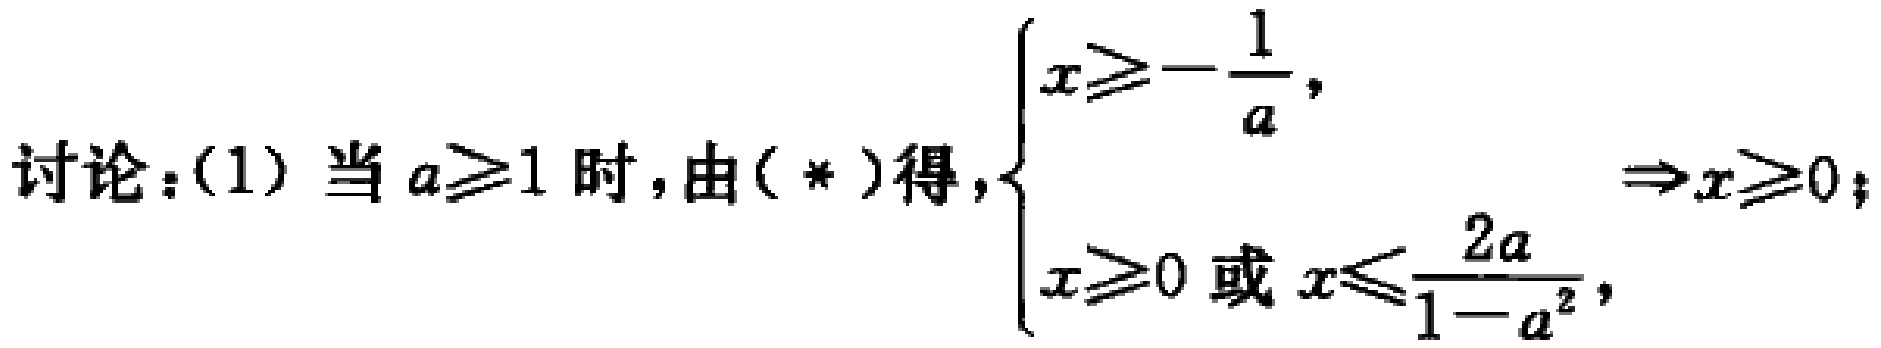
讨论：(1) 当 \(a\geq1\) 时，由(\(*\))得，\(\begin{cases}x\geq-\frac{1}{a}, \\ x\geq0 \text{ 或 } x\leq\frac{2a}{1 - a^{2}},\end{cases}\Rightarrow x\geq0\)；